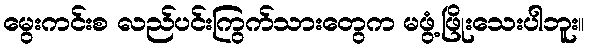
မွေးကင်းစ လည်ပင်းကြွက်သားတွေက မဖွံ့ဖြိုးသေးပါဘူး။